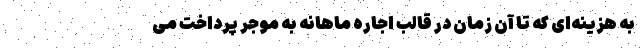
به هزینه‌‌ای که تا آن زمان در قالب اجاره ماهانه به موجر پرداخت می